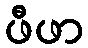
ဖီဖာ